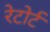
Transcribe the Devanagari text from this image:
रेटोर्ट